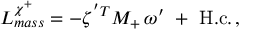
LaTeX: { \cal L } _ { m a s s } ^ { \chi ^ { + } } = - \zeta ^ { ' T } { \cal M } _ { + } \, \omega ^ { \prime } \ + \ \mathrm { H . c . } \, ,